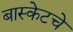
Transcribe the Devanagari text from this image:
बास्केटचे